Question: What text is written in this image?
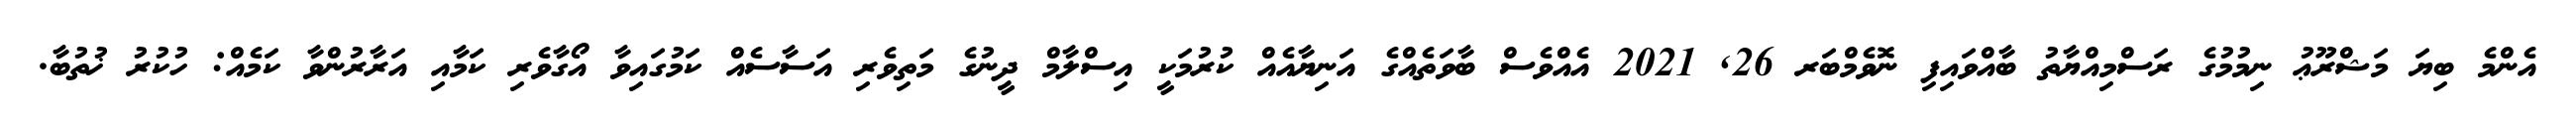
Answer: އެންމެ ބިޔަ މަޝްރޫޢު ނިމުމުގެ ރަސްމިއްޔާތު ބާއްވައިފި ނޮވެމްބަރ 26, 2021 އެއްވެސް ބާވަތެއްގެ އަނިޔާއެއް ކުރުމަކީ އިސްލާމް ދީނުގެ މަތިވެރި އަސާސެއް ކަމުގައިވާ އޯގާވެރި ކަމާއި އަރާރުންވާ ކަމެއް: ހުކުރު ޚުތުބާ.